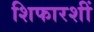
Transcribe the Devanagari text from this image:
शिफारशीं